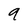
Character: 9